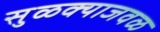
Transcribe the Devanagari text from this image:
सुळक्याजवळ